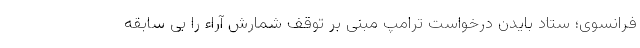
فرانسوی؛ ستاد بایدن درخواست ترامپ مبنی بر توقف شمارش آراء را بی سابقه